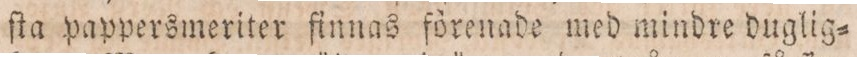
ſta pappersmeriter finnas förenade med mindre duglig=